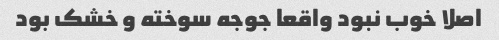
اصلا خوب نبود واقعا جوجه سوخته و خشک بود